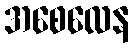
အစေလေန